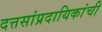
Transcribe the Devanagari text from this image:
दत्तसांप्रदायिकांची